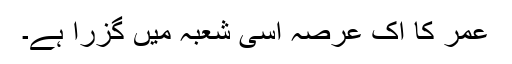
عمر کا اک عرصہ اسی شعبہ میں گزرا ہے۔